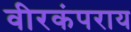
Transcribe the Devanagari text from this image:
वीरकंपराय